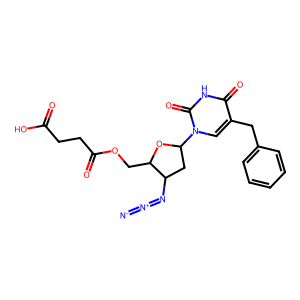
SMILES: [N-]=[N+]=NC1CC(n2cc(Cc3ccccc3)c(=O)[nH]c2=O)OC1COC(=O)CCC(=O)O
Inhibits HIV replication: No